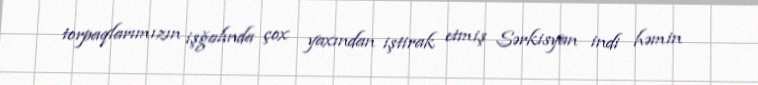
torpaqlarımızın işğalında çox yaxından iştirak etmiş Sərkisyan indi həmin